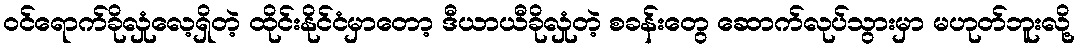
ဝင်ရောက်ခိုလှုံလေ့ရှိတဲ့ ထိုင်းနိုင်ငံမှာတော့ ဒီယာယီခိုလှုံတဲ့ စခန်းတွေ ဆောက်လုပ်သွားမှာ မဟုတ်ဘူးလို့